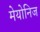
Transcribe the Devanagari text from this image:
मेयोनिज